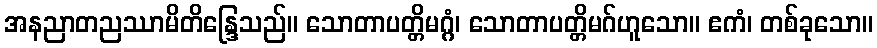
အနညာတညဿာမိတိန္ဒြေသည်။ သောတာပတ္တိမဂ္ဂံ၊ သောတာပတ္တိမဂ်ဟူသော။ ဧကံ၊ တစ်ခုသော။